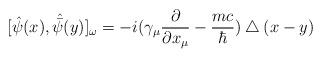
LaTeX: \begin{align*}[\hat{\psi}(x),\hat{\bar{\psi}}(y)]_{\omega}=-i(\gamma_{\mu}\frac{\partial} {\partial x_{\mu}}-\frac{mc} {\hbar})\bigtriangleup(x-y)\end{align*}